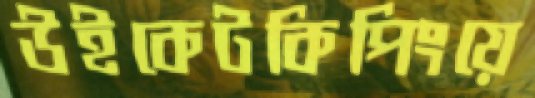
উইকেটকিপিংয়ে